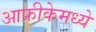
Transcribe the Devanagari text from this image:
आफ्रीकेमध्ये